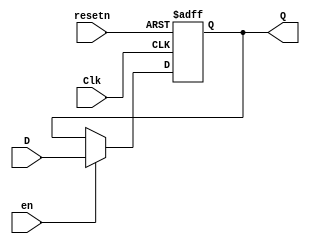
module n_reg(D,Clk,en,resetn,Q);
parameter n=3; //define inputs and outputs
input [n-1:0] D;
input Clk,resetn,en;
output reg [n-1:0] Q;

always @(posedge Clk,negedge resetn) //on positive clock or when reset goes low
if(!resetn) //if reset goes low
	Q<=0;//register back to zero
else if(en)
	Q<=D;//otherwise it is set to input
endmodule